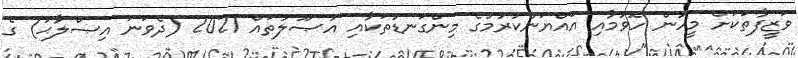
ވަޒީފާތަކަށް މީހުން ހޮވުމާއި އައްޔަންކުރުމުގެ މިންގަނޑުތަކާއި އުޞޫލުތައް 2021 (ދެވަނަ އިޞްލާޙު) ގެ